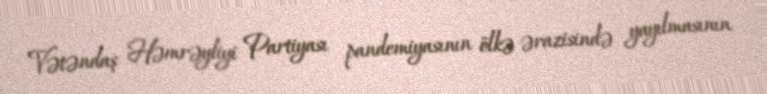
Vətəndaş Həmrəyliyi Partiyası pandemiyasının ölkə ərazisində yayılmasının